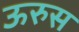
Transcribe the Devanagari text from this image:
ऊरुस